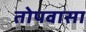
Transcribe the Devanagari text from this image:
तोपवासा